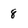
Character: 8